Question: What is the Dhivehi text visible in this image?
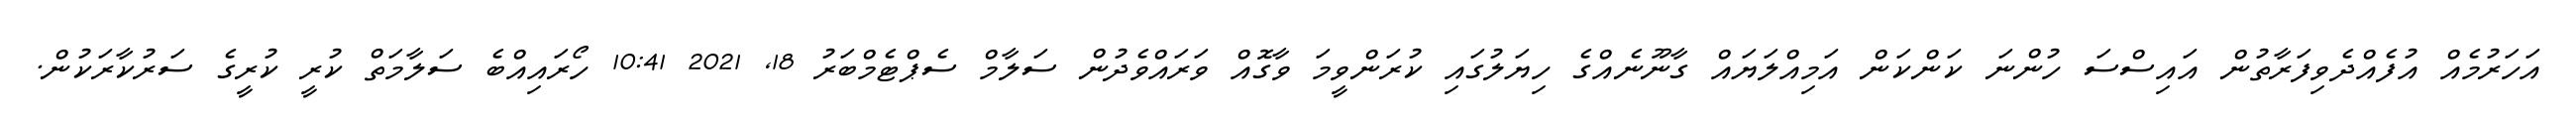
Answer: އަހަރުމެއް އުފެއްދެވިފަރާތުން އައިސްސަ ހުންނަ ކަންކަން އަމިއްލަޔައް ގާނޫނެއްގެ ހިޔަލުގައި ކުރަންވީމަ ވާގޮއް ވަރައްވެދުން ސަލާމް ސެޕްޓެމްބަރު 18, 2021 10:41 ހޯރައިއްބެ ސަލާމަތް ކުރީ ކުރީގެ ސަރުކާރަކުން.